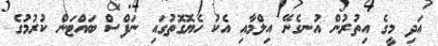
އަދި މީގެ އިތުރުން އުުނގެނޭ އިލްމާއި އެކު ހެޔޮގޮތުގައި ނަފްސް ބައްޓަން ކުރުމުގެ